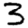
Digit: 3